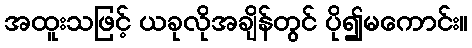
အထူးသဖြင့် ယခုလိုအချိန်တွင် ပို၍မကောင်း။